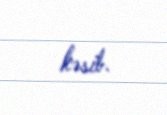
kəsib.